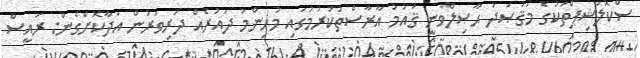
ސްކޮލަޝިޕްތަކުގެ މަޤުޞަދު ޙާޞިލްވާނީ ޤައުމު އާރާސްތުކުރުމުގައި މުހިންމު ދައުރެއް ދަރިވަރުން އަދާކޮށްގެން: ރައީސް